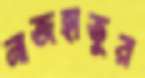
নাজহাতুর